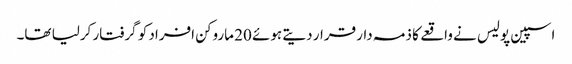
اسپین پولیس نے واقعے کا ذمہ دار قرار دیتے ہوئے 20 ماروکن افراد کو گرفتار کرلیا تھا۔